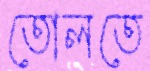
তোলতে